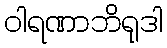
ဝါရဏာဘိရုဒါ